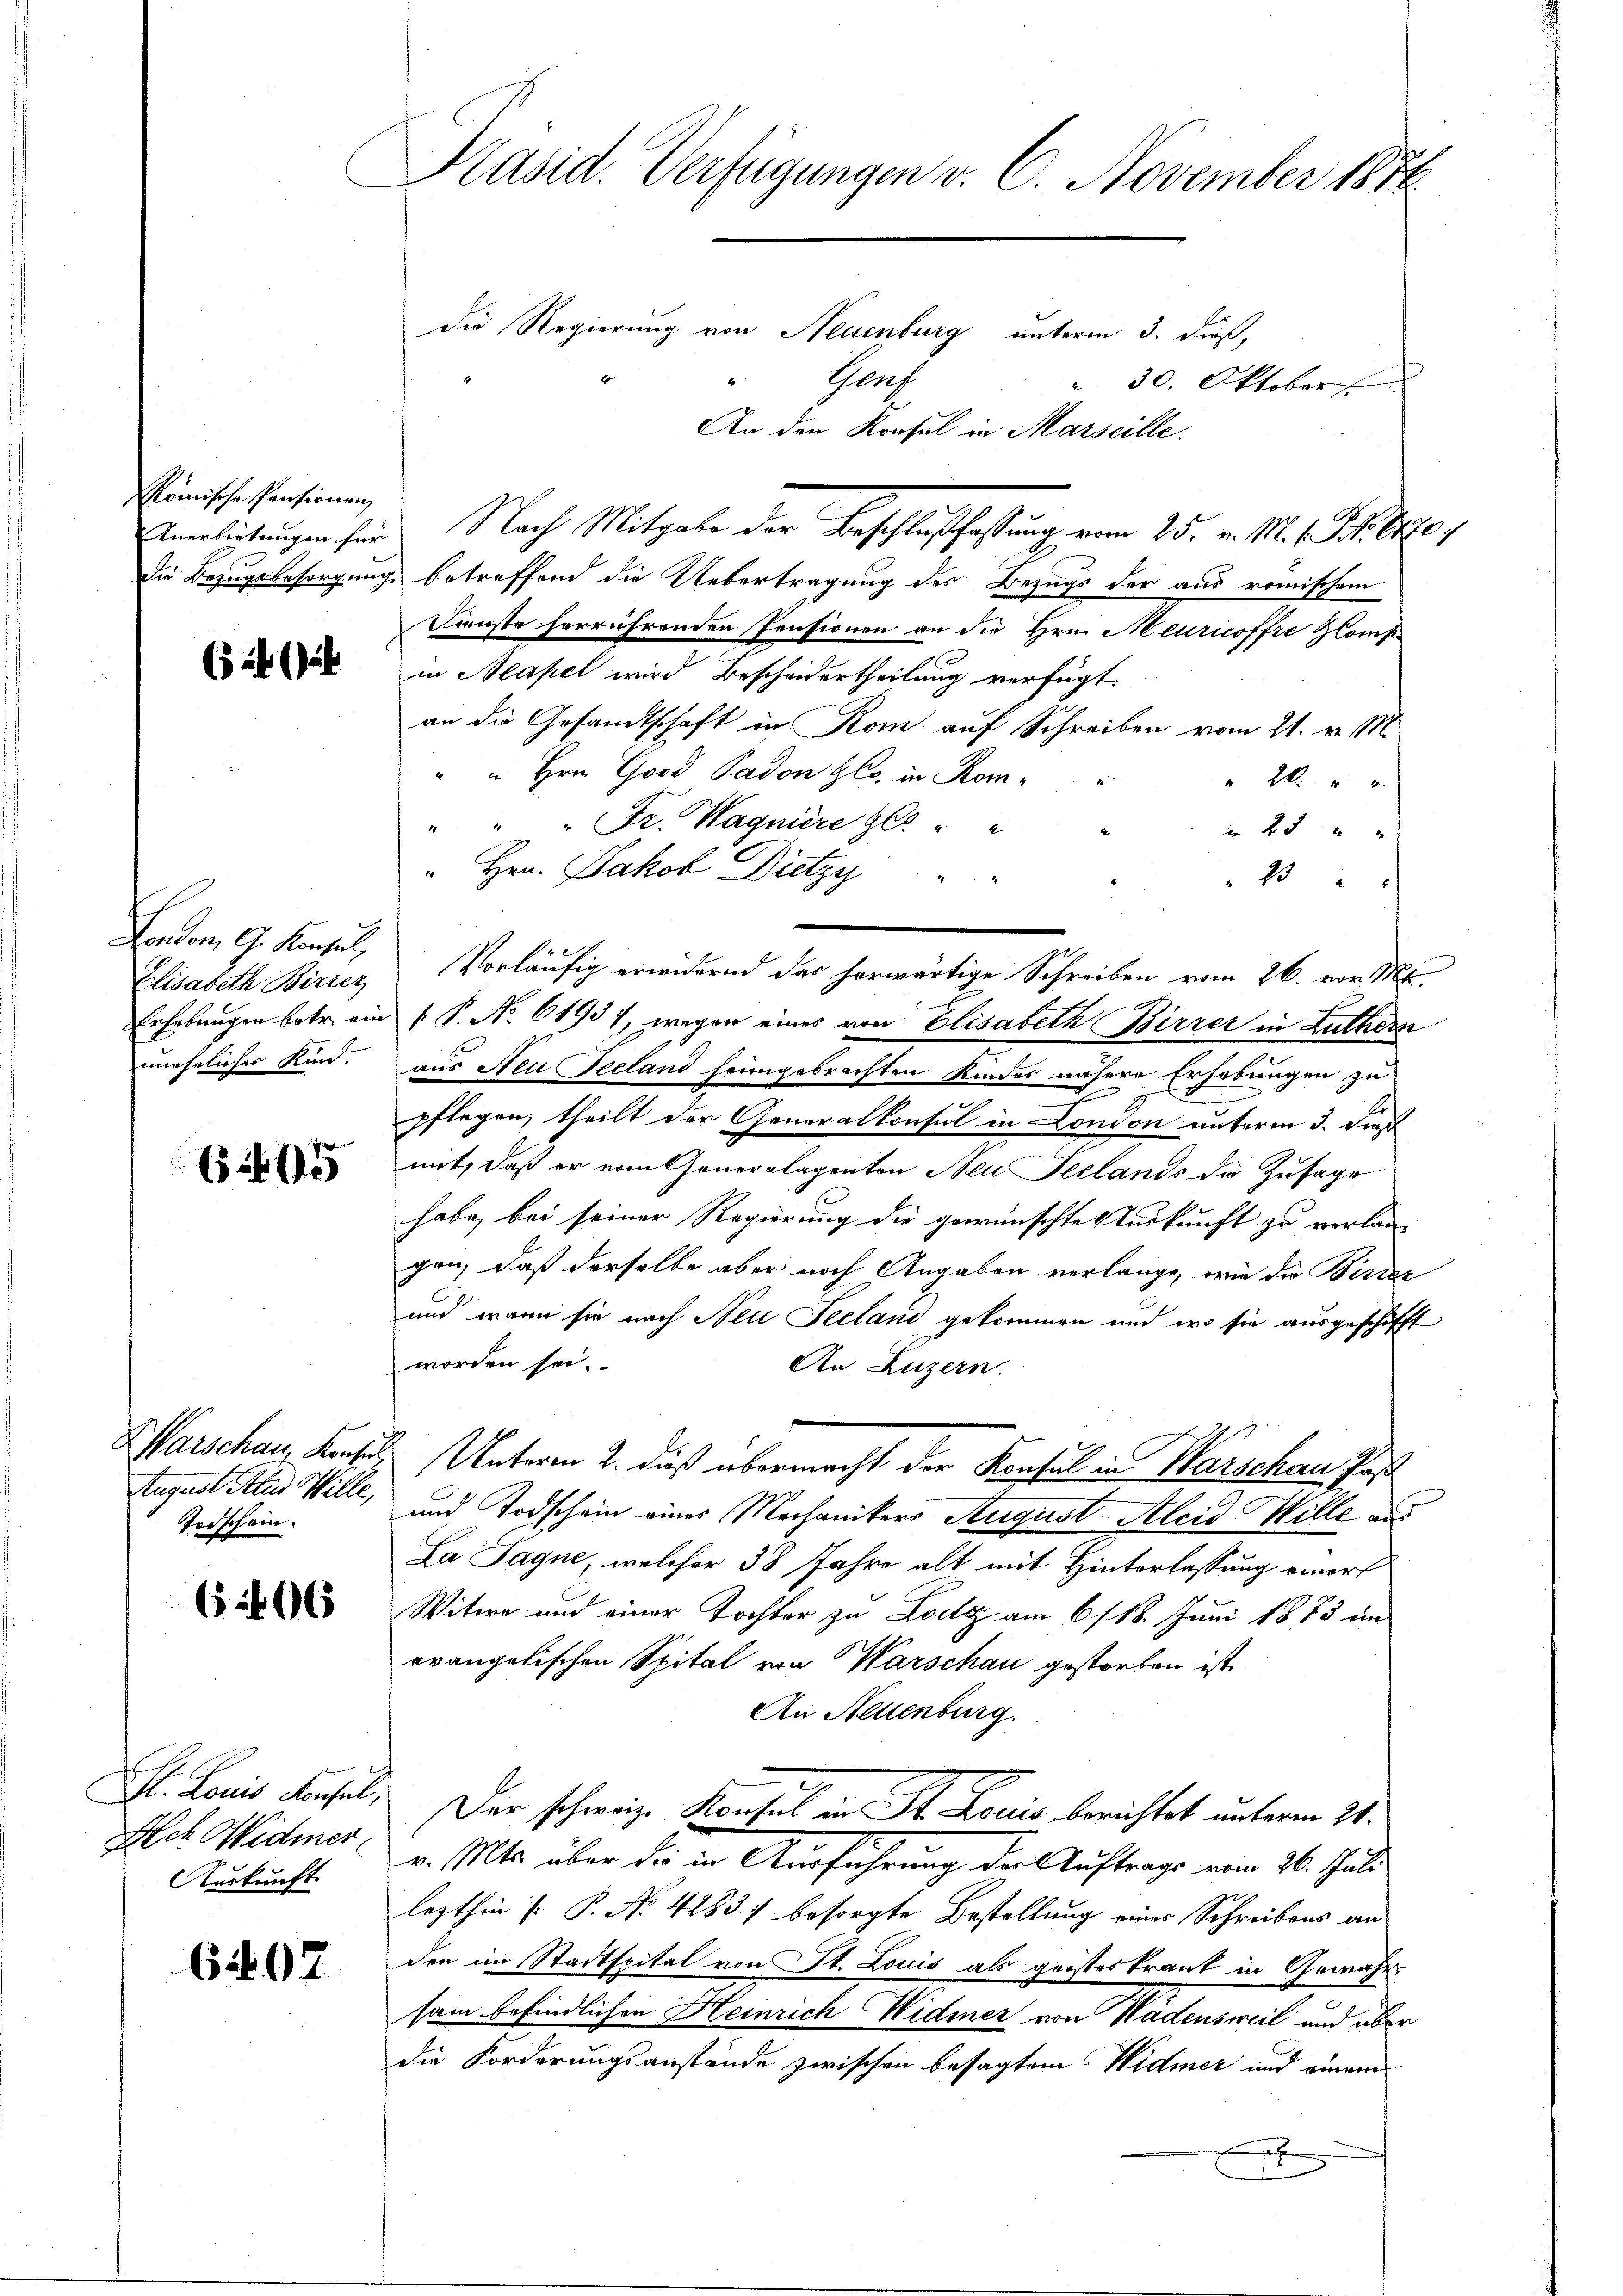
Römische Pensionen,
Anerbietungen für
Die Bezugsbesorgung

5 f

London, G. Konsul,
Elisabeth Birrez
Erhebungen betr. ein
unehelicher Kind.

625

Warschaus Konsul
August Attin Wille,
Todschein.

6 40 x

St. Louis Konsul,
Ach Widmer,
Auskunft

6407

Präsid. Verfügungen v. 6. November 1876.
die Regierung von Neuenburg unterm 3. dieß,

30. Oktober
betreffend die Uebertragung des Bezugs der aus römischen
Dinste herrührenden Pensionen an die Hrn. Meuricoffre Glomp
in Neapel wird Bescheidertheilung verfügt:
an die Gesandtschaft in Rom auf Schreiben vom 21. v. M.
" " Hrn. Good Padon Ges. in Kom¬
2
" " " Fr. Wagniere Gle " "
 25
" Hrn. Jakob Dietzy " "
23
Vorläufig erwidernd das herwärtige Schreiben vom 26. vor. Mt.
.
.P. Nr. 61937, wegen eines von Elisabeth Birrer in Luthern
aus Neu Seeland heimgebrachten Kinder nähere Erhebungen zu
7
pflegen, theilt der Generalkonsul in London unterm 3. Dies
mit, daß er vom Generalagenten Neu Seelands die Zusage
habe, bei seiner Regierung die gewünschte Auskunft zu verlan
gen, daß derselbe aber noch Angaben verlange, wie die Birrez
und wenn sie nach Neu Seeland gekommen und wo sie ausgeschifft
worden sei.
An Luzern.
Unterm 2. dieß übermacht der Konsul in Warschau Past
und Todschein eines Mechanikers August Aleid Wille aus
La Sagne, welcher 38 Jahre alt mit Hinterlassung einer
Witwe und einer Tochter zu Lodz am 6/18. Juni 1873 im
evangelischen Spital von Warschau gestorben ist.
An Neuenburg.
Der schweiz. Konsul in St. Louis berichtet unterm 24.
v. Mts. über da in Ausführung der Auftrage vom 26. Juli
lezthin (: P. No. 4283) besorgte Bestellung eines Schreibens an
den im Stadtspital von St. Louis als geisteskrant in Gewähre
sam befindlichen Heinrich Widmer von Wädensweil und über
die Forderungsanstände zwischen besagtem Widmer und einvera
x

Chauf
l
An den Konsul in Marseille.

Nach Mitgabe der Beschlußfassung vom 25. v. M. D. Refe